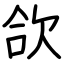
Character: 欱